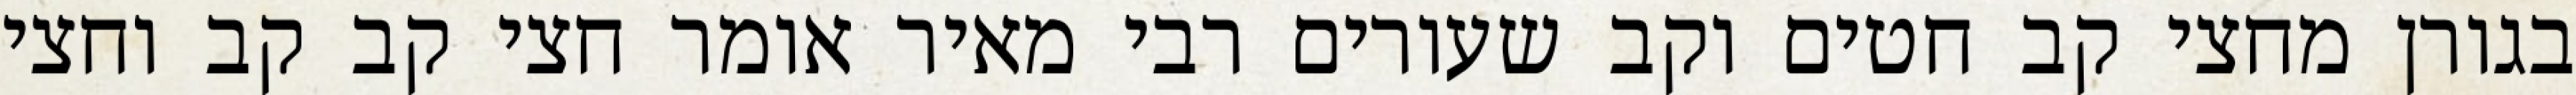
בגורן מחצי קב חטים וקב שעורים רבי מאיר אומר חצי קב קב וחצי